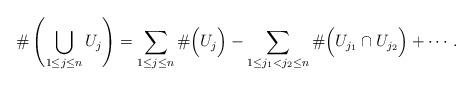
LaTeX: \begin{align*}\# \left( \bigcup_{1\leq j\leq n} U_j \right)=\sum_{1\leq j\leq n} \# \Big(U_j\Big)-\sum_{1\leq j_1<j_2\leq n} \# \Big( U_{j_1}\cap U_{j_2} \Big) +\cdots\,.\end{align*}